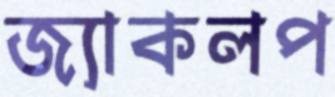
জ্যাকলপ